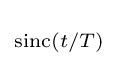
\scriptstyle \operatorname {sinc} \left(t/T\right)